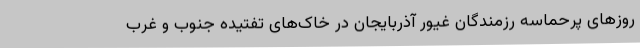
روزهای پرحماسه رزمندگان غیور آذربایجان در خاک‌های تفتیده جنوب و غرب